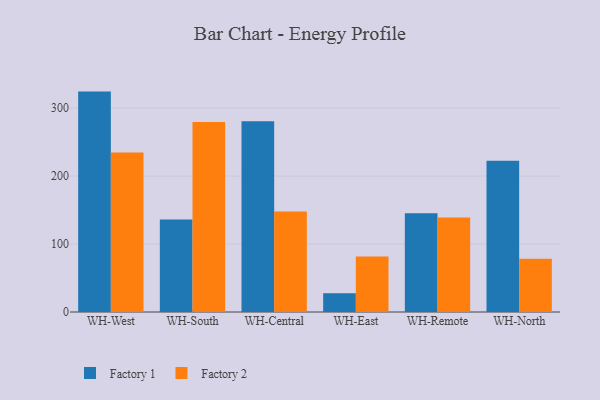
{"axis": {"x": "Warehouse", "y": "Tickets Resolved"}, "legend": ["Factory 1", "Factory 2"], "data": [{"x": "WH-West", "y": 324.2, "type": "Factory 1"}, {"x": "WH-West", "y": 234.8, "type": "Factory 2"}, {"x": "WH-South", "y": 136.2, "type": "Factory 1"}, {"x": "WH-South", "y": 279.3, "type": "Factory 2"}, {"x": "WH-Central", "y": 280.5, "type": "Factory 1"}, {"x": "WH-Central", "y": 147.7, "type": "Factory 2"}, {"x": "WH-East", "y": 27.5, "type": "Factory 1"}, {"x": "WH-East", "y": 81.6, "type": "Factory 2"}, {"x": "WH-Remote", "y": 145.2, "type": "Factory 1"}, {"x": "WH-Remote", "y": 139.1, "type": "Factory 2"}, {"x": "WH-North", "y": 222.4, "type": "Factory 1"}, {"x": "WH-North", "y": 78.3, "type": "Factory 2"}]}